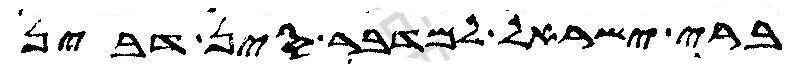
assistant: ברי ישראל למדבר סין דבין